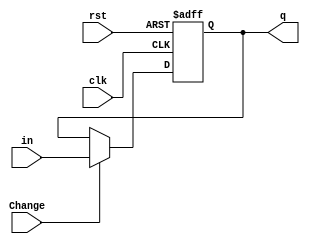
module flipFlop(input clk, rst, in, Change, output reg q );
  always@(negedge clk, posedge rst)begin 
    if(rst)
      q <= 1'b0;
    else begin
      
if(Change == 1)
      
  q <= in;
    end
  end
  
endmodule